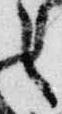
之